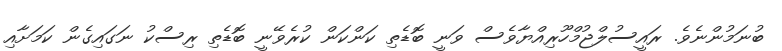
ބުނަމުންނެވެ. ރައީސުލްޖުމްހޫރިއްޔާވެސް ވަނީ ބޮޑެތި ކަންކަން ކުރެވޭނީ ބޮޑެތި ރިސްކު ނަގައިގެން ކަމަށާއި